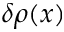
\delta \rho ( x )